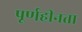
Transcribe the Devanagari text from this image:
पूर्णहीनता